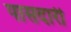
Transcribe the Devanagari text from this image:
पासदारी